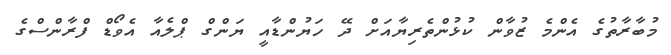
މުބާރާތުގެ އެންމެ ޒުވާން ކުޅުންތެރިޔާއަށް ދޭ ހަޔުންޑާއީ ޔަންގް ޕްލެއާ އެވޯޑް ފްރާންސްގެ